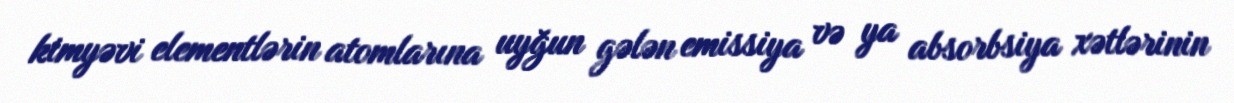
kimyəvi elementlərin atomlarına uyğun gələn emissiya və ya absorbsiya xətlərinin